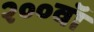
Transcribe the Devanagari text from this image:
२००वॉ